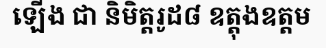
ឡើង ជា និមិត្តរូដ៨ ឧត្តុងឧត្តម